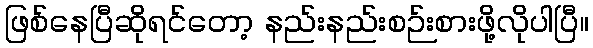
ဖြစ်နေပြီဆိုရင်တော့ နည်းနည်းစဉ်းစားဖို့လိုပါပြီ။